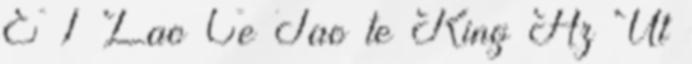
E 1 Lao Ce Tao te King Az Út